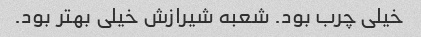
خیلی چرب بود. شعبه شیرازش خیلی بهتر بود.